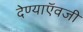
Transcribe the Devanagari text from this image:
देण्याऍवजी